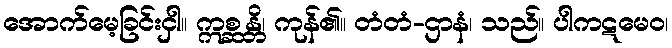
အောက်မေ့ခြင်းငှါ။ ဣစ္ဆန္တိ၊ ကုန်၏။ တံတံ-ဌာနံ၊ သည်။ ပါကဋမေဝ၊